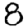
Digit: 8